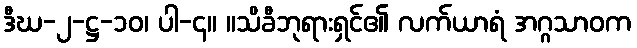
ဒီဃ-၂-ဋ္ဌ-၁၀၊ ပါ-၄။ ။သိခီဘုရားရှင်၏ လက်ယာရံ အဂ္ဂသာဝက